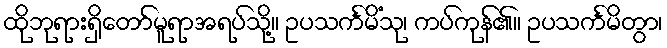
ထိုဘုရားရှိတော်မူရာအရပ်သို့။ ဥပသင်္ကမိံသု၊ ကပ်ကုန်၏။ ဥပသင်္ကမိတွာ၊